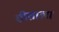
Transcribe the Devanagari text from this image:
सीताला